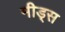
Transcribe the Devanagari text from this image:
मीड्स